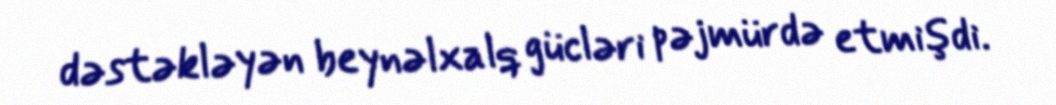
dəstəkləyən beynəlxalq gücləri pəjmürdə etmişdi.